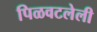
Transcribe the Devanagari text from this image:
पिळवटलेली